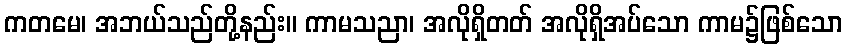
ကတမေ၊ အဘယ်သည်တို့နည်း။ ကာမသညာ၊ အလိုရှိတတ် အလိုရှိအပ်သော ကာမ၌ဖြစ်သော